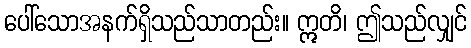
ပေါ်သောအနက်ရှိသည်သာတည်း။ ဣတိ၊ ဤသည်လျှင်